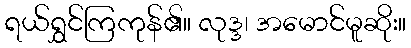
ရယ်ရွှင်ကြကုန်၏။ လုဒ္ဒ၊ အမောင်မူဆိုး။